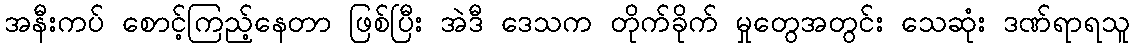
အနီးကပ် စောင့်ကြည့်နေတာ ဖြစ်ပြီး အဲဒီ ဒေသက တိုက်ခိုက် မှုတွေအတွင်း သေဆုံး ဒဏ်ရာရသူ